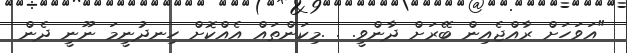
"އަވަހަށް ރާއްޖެއިން ބޭރަށް ދާންވީ. . .މިކަންތައް އެއްކޮށް ހިނދުނީމަ ނޫނީ ދެން